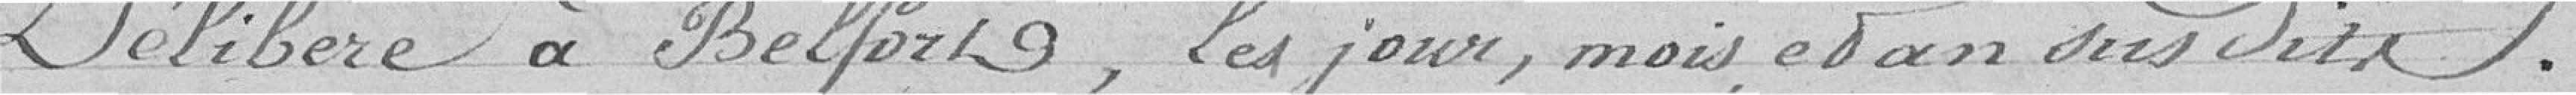
Délibéré à Belfort, les jour, mois, et an sous dits